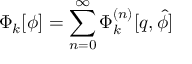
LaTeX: \Phi _ { k } [ \phi ] = \sum _ { n = 0 } ^ { \infty } \Phi _ { k } ^ { ( n ) } [ q , \hat { \phi } ]